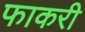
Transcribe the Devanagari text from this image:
फाकरी